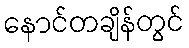
နောင်တချိန်တွင်